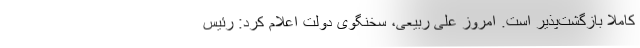
کاملا بازگشت‌پذیر است. امروز علی ربیعی، سخنگوی دولت اعلام کرد: رئیس